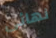
نهائى